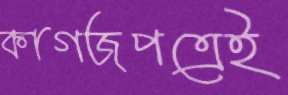
কাগজপত্রেই